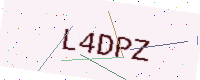
Text: L4DPZ